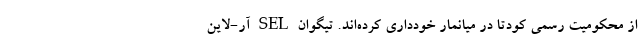
از محکومیت رسمی کودتا در میانمار خودداری کرده‌اند. تیگوان SEL آر-لاین